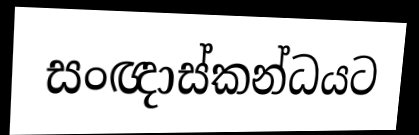
සංඥාස්කන්ධයට